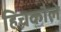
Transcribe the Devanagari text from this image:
हिचकौले